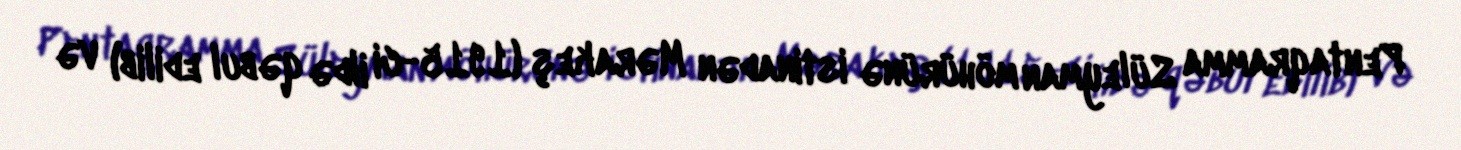
Pentaqramma Süleyman möhürünə istinadən Mərakeş (1915-ci ildə qəbul edilib) və